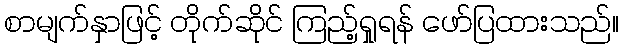
စာမျက်နှာဖြင့် တိုက်ဆိုင် ကြည့်ရှုရန် ဖော်ပြထားသည်။